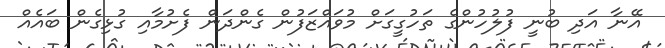
އޭނާ އަދި ބުނީ ފުލުހުންގެ ތަހުގީގަށް މުވައްޒަފުން ގެންދަން ފެށުމާއި ގުޅިގެން ބައެއް